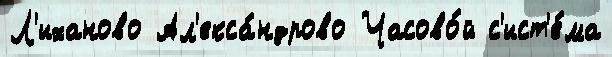
Л'иханово Ал'екса́ндрово Часово́й с'ист'е́ма